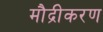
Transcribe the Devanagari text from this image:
मौद्रीकरण